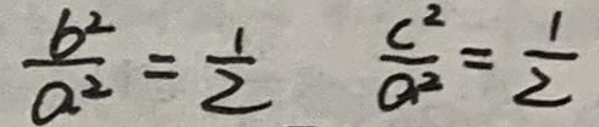
\(\frac{b^{2}}{a^{2}}=\frac{1}{2} \quad \frac{c^{2}}{a^{2}}=\frac{1}{2}\)